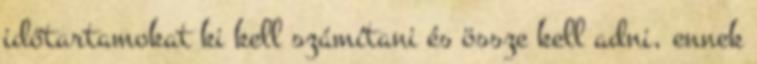
időtartamokat ki kell számítani és össze kell adni, ennek